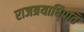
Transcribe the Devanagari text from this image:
राजत्रयाधिपति